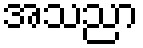
အသညာ